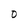
Character: 0